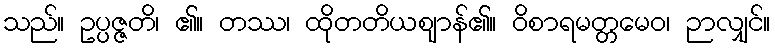
သည်။ ဥပ္ပဇ္ဇတိ၊ ၏။ တဿ၊ ထိုတတိယဈာန်၏။ ဝိစာရမတ္တမေဝ၊ ဉာလျှင်။